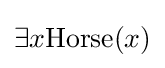
\exists x{\text{Horse}}(x)